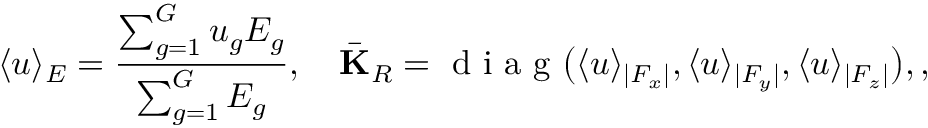
\langle u \rangle _ { E } = \frac { \sum _ { g = 1 } ^ { G } u _ { g } E _ { g } } { \sum _ { g = 1 } ^ { G } E _ { g } } , \quad \bar { \mathbf { K } } _ { R } = \mathrm { ~ d ~ i ~ a ~ g ~ } \big ( \langle u \rangle _ { | F _ { x } | } , \langle u \rangle _ { | F _ { y } | } , \langle u \rangle _ { | F _ { z } | } \big ) , ,